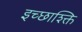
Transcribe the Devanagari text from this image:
इच्छाश्क्ति